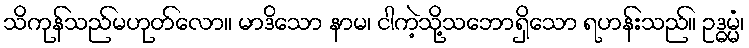
သိကုန်သည်မဟုတ်လော။ မာဒိသော နာမ၊ ငါကဲ့သို့သဘောရှိသော ရဟန်းသည်။ ဥဒ္ဓမ္မံ၊